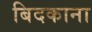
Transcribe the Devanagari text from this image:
बिदकाना